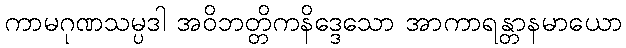
ကာမဂုဏသမ္ပဒါ အဝိဘတ္တိကနိဒ္ဒေသော အာကာရန္တာနမာယော